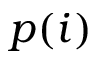
p ( i )